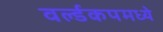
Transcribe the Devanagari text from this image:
वर्ल्डकपमध्ये